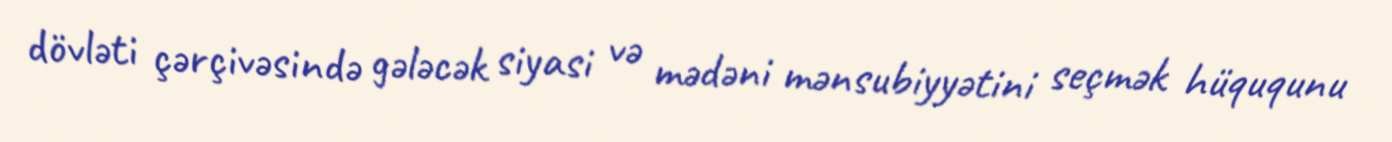
dövləti çərçivəsində gələcək siyasi və mədəni mənsubiyyətini seçmək hüququnu